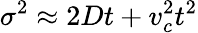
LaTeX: \sigma^{2}\approx 2Dt+v_{c}^{2}t^{2}